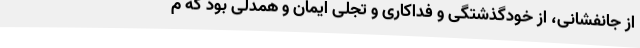
از جانفشانی، از خودگذشتگی و فداکاری و تجلی ایمان و همدلی بود که م